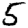
Digit: 5